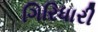
ગિરિધારી